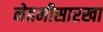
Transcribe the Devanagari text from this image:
नेहमीसारखा